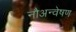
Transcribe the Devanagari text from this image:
नौअन्वेषण